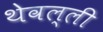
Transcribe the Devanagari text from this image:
थेवल्ली